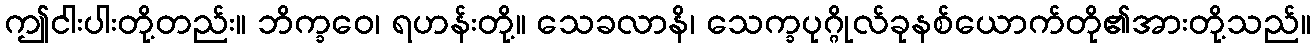
ဤငါးပါးတို့တည်း။ ဘိက္ခဝေ၊ ရဟန်းတို့။ သေခလာနိ၊ သေက္ခပုဂ္ဂိုလ်ခုနစ်ယောက်တို၏အားတို့သည်။